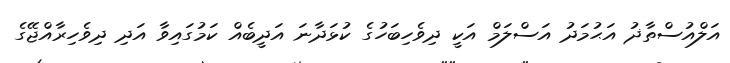
އަލްއުސްތާޛު އަޙުމަދު އަސްލަމް އަކީ ދިވެހިބަހުގެ ކުޅަދާނަ އަދީބެއް ކަމުގައިވާ އަދި ދިވެހިރާއްޖޭގެ